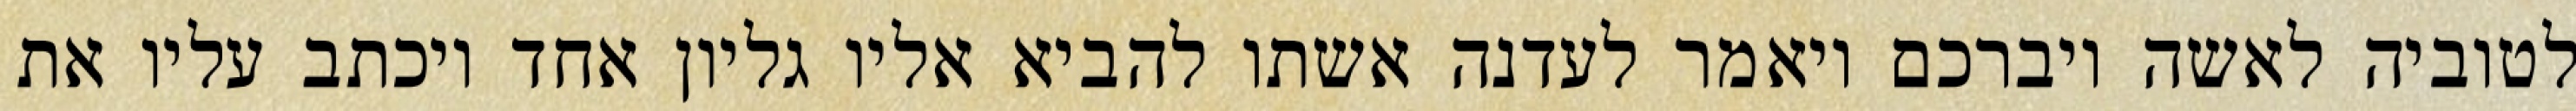
לטוביה לאשה ויברכם ויאמר לעדנה אשתו להביא אליו גליון אחד ויכתב עליו את